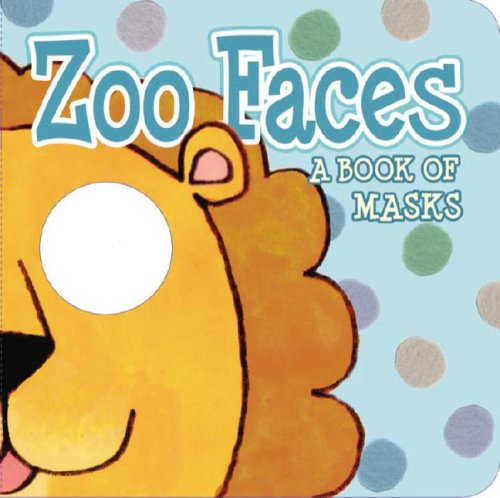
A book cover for Zoo Faces (Ibaby); Lucy Schultz; Children's Books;